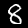
Label: 8